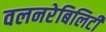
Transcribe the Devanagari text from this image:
वलनरेबिलिटी